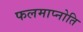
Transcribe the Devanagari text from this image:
फलमाप्नोति